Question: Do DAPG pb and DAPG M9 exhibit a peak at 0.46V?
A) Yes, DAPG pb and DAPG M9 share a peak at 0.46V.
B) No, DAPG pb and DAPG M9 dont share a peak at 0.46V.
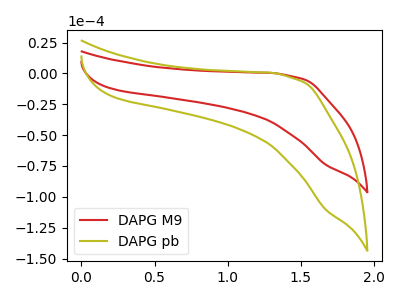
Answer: <think>The red curve "DAPG M9" has no peaks. The olive curve "DAPG pb" has no peaks.</think>
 <answer>B) No, "DAPG pb" and "DAPG M9" dont share a peak at 0.46V.</answer>
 <eval>B</eval>